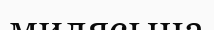
милясына